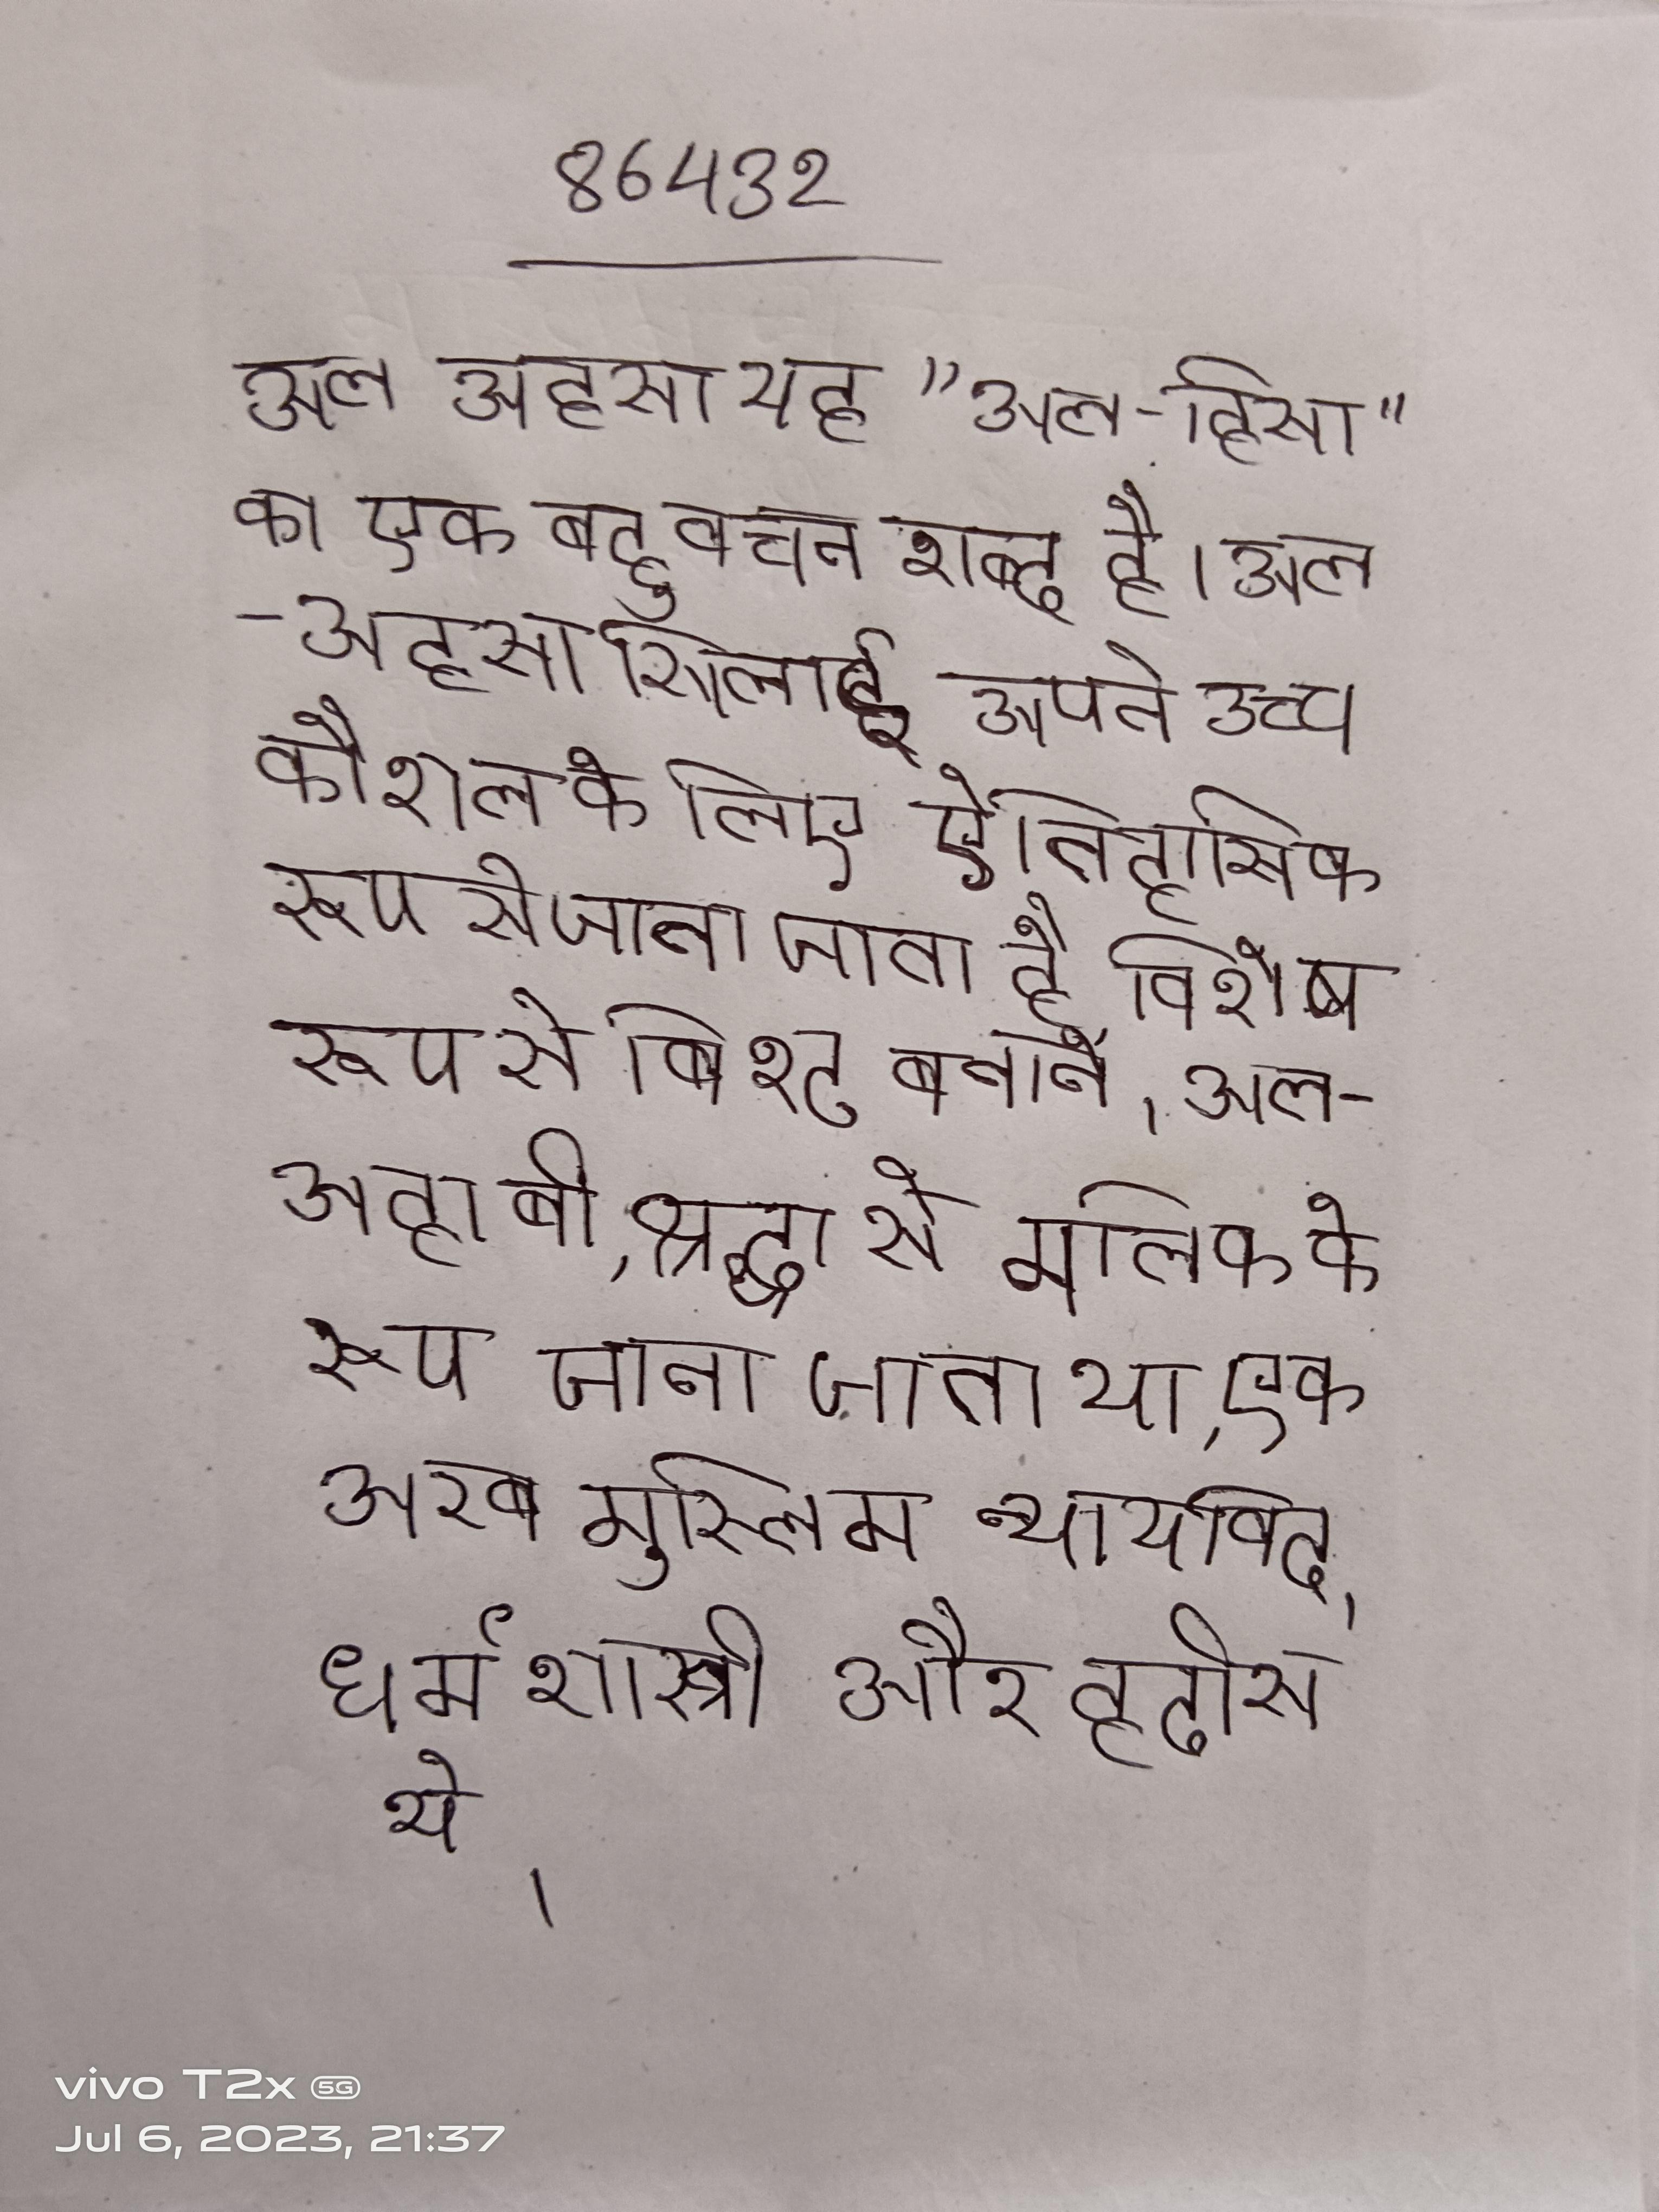
अल अहसा यह "अल-हिसा" का एक बहुवचन शब्द है । अल-अहसा सिलाई अपने उच्च कौशल के लिए ऐतिहासिक रूप से जाना जाता है, विशेष रूप से बिश्ट बनाने । अल-अहाबी, श्रद्धा से मलिक द्वारा इमाम मल्लिक के रूप जाना जाता था, एक अरब मुस्लिम न्यायविद, धर्मशास्त्री और हदीस थे ।